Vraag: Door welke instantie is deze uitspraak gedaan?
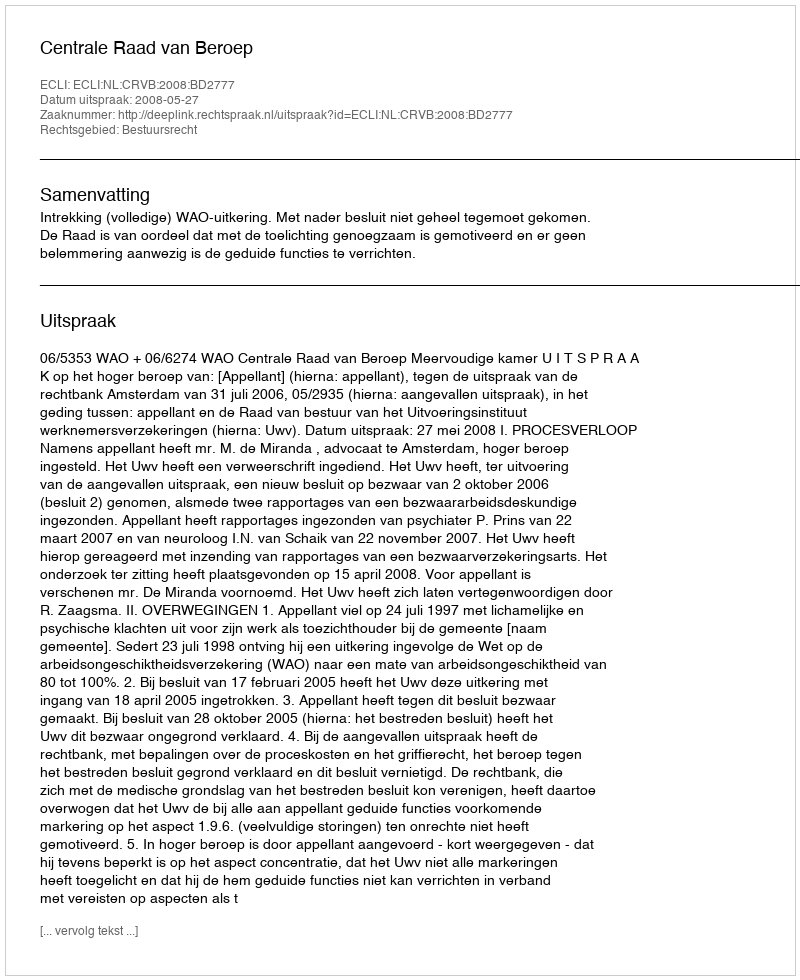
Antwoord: Centrale Raad van Beroep